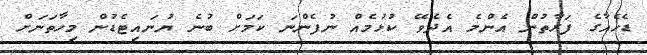
ޑެހެއާގެ ފަރާތުން އެންމެ އެދެވޭ ކުޅުމެއް ނުފެންނަ ކަމަށް ބުނެ ޔުނައިޓެޑުން މިހާތަނަށް